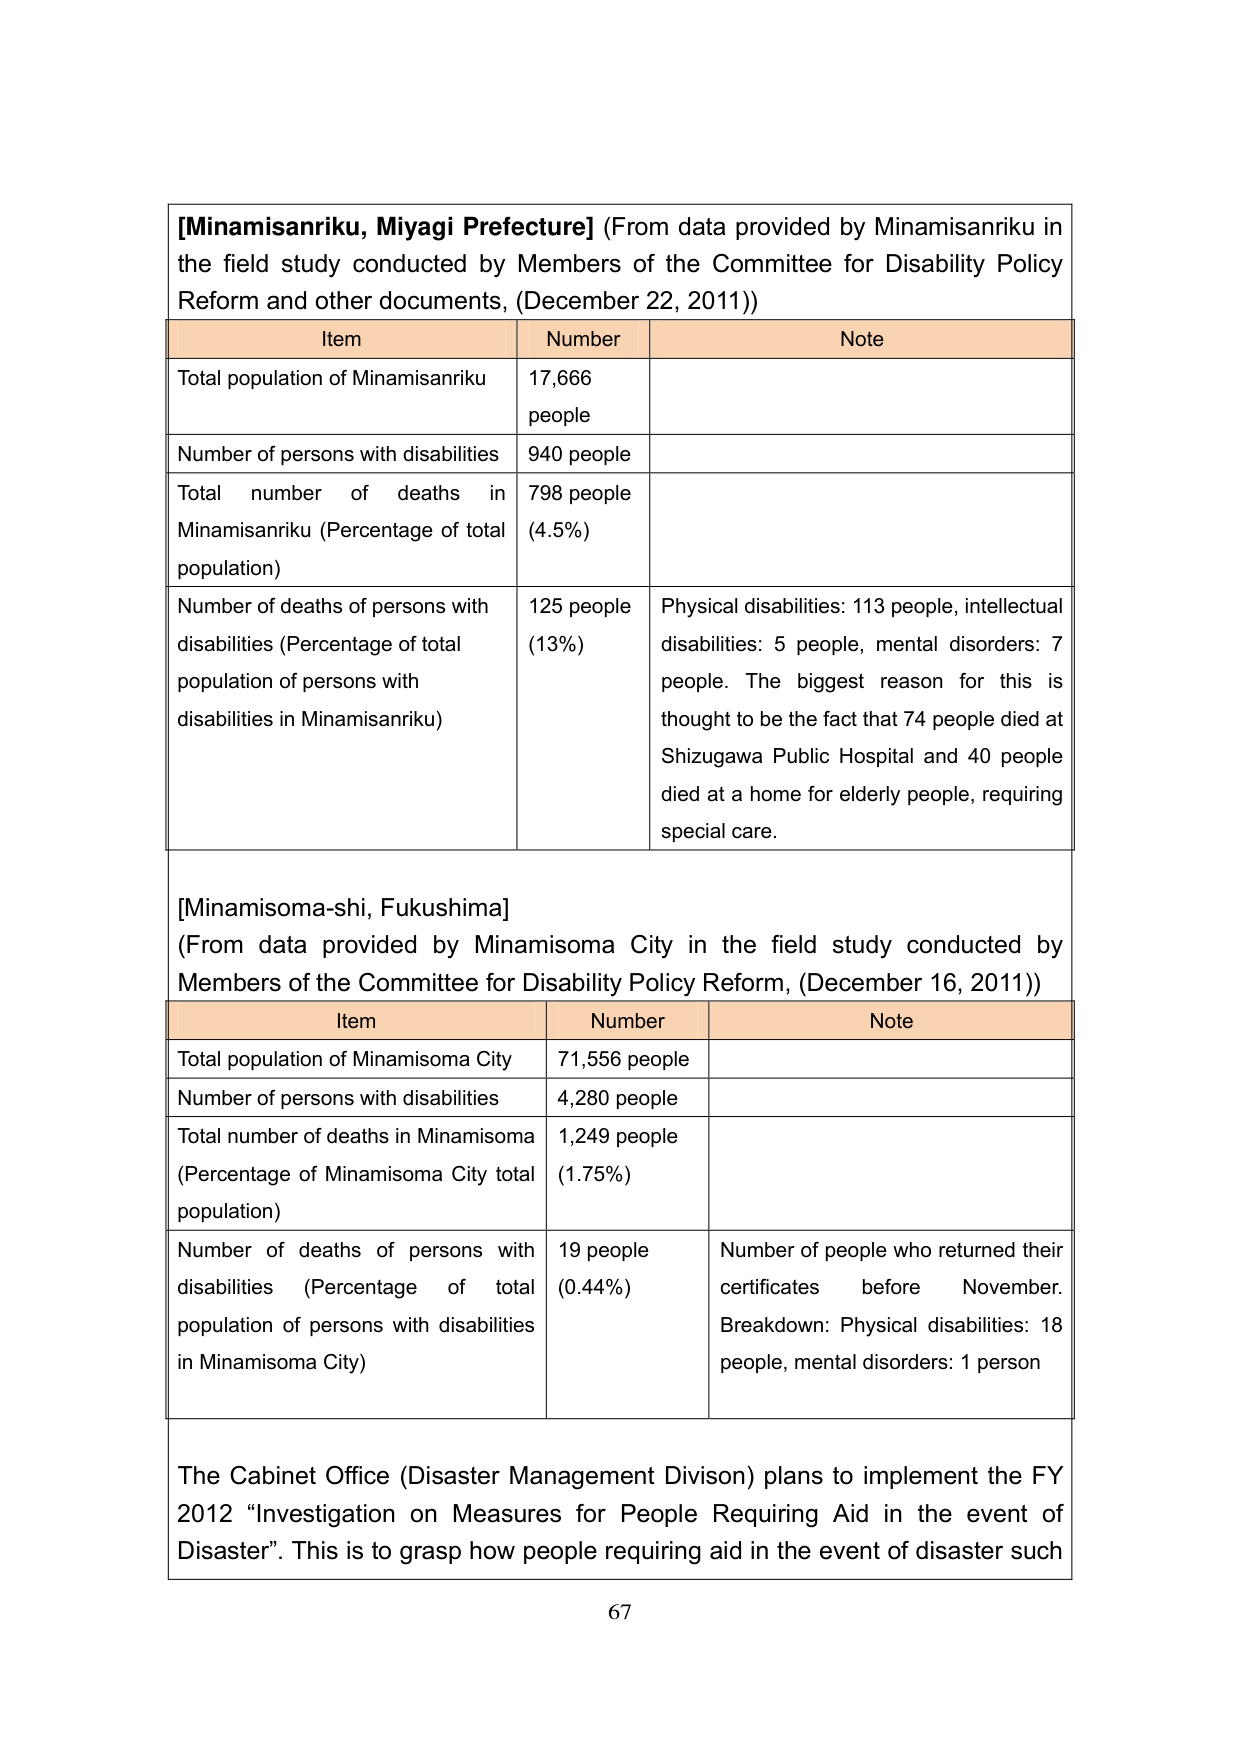
[Minamisanriku, Miyagi Prefecture] (From data provided by Minamisanriku in the field study conducted by Members of the Committee for Disability Policy Reform and other documents, (December 22, 2011))

Item                      Number                  Note
Total population of Minamisanriku    17,666 people
Number of persons with disabilities  940 people
Total number of deaths in Minamisanriku (Percentage of total population)  798 people (4.5%)
Number of deaths of persons with disabilities (Percentage of total population of persons with disabilities in Minamisanriku)  125 people (13%)  Physical disabilities: 113 people, intellectual disabilities: 5 people, mental disorders: 7 people. The biggest reason for this is thought to be the fact that 74 people died at Shizugawa Public Hospital and 40 people died at a home for elderly people, requiring special care.

[Minamisoma-shi, Fukushima] (From data provided by Minamisoma City in the field study conducted by Members of the Committee for Disability Policy Reform, (December 16, 2011))

Item                      Number                  Note
Total population of Minamisoma City    71,556 people
Number of persons with disabilities  4,280 people
Total number of deaths in Minamisoma (Percentage of Minamisoma City total population)  1,249 people (1.75%)
Number of deaths of persons with disabilities (Percentage of total population of persons with disabilities in Minamisoma City)  19 people (0.44%)  Number of people who returned their certificates before November. Breakdown: Physical disabilities: 18 people, mental disorders: 1 person

The Cabinet Office (Disaster Management Divison) plans to implement the FY 2012 “Investigation on Measures for People Requiring Aid in the event of Disaster”. This is to grasp how people requiring aid in the event of disaster such

67